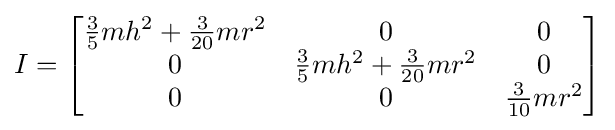
I={\begin{bmatrix}{\frac {3}{5}}mh^{2}+{\frac {3}{20}}mr^{2}&0&0\\0&{\frac {3}{5}}mh^{2}+{\frac {3}{20}}mr^{2}&0\\0&0&{\frac {3}{10}}mr^{2}\end{bmatrix}}